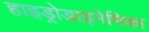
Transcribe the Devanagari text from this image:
हाइड्रोडाइनेमिका